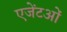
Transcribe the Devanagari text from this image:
एजेंटओं